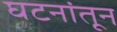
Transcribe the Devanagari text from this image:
घटनांतून